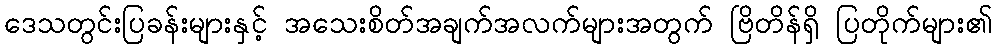
ဒေသတွင်းပြခန်းများနှင့် အသေးစိတ်အချက်အလက်များအတွက် ဗြိတိန်ရှိ ပြတိုက်များ၏